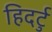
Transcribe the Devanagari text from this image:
हिदर्टु